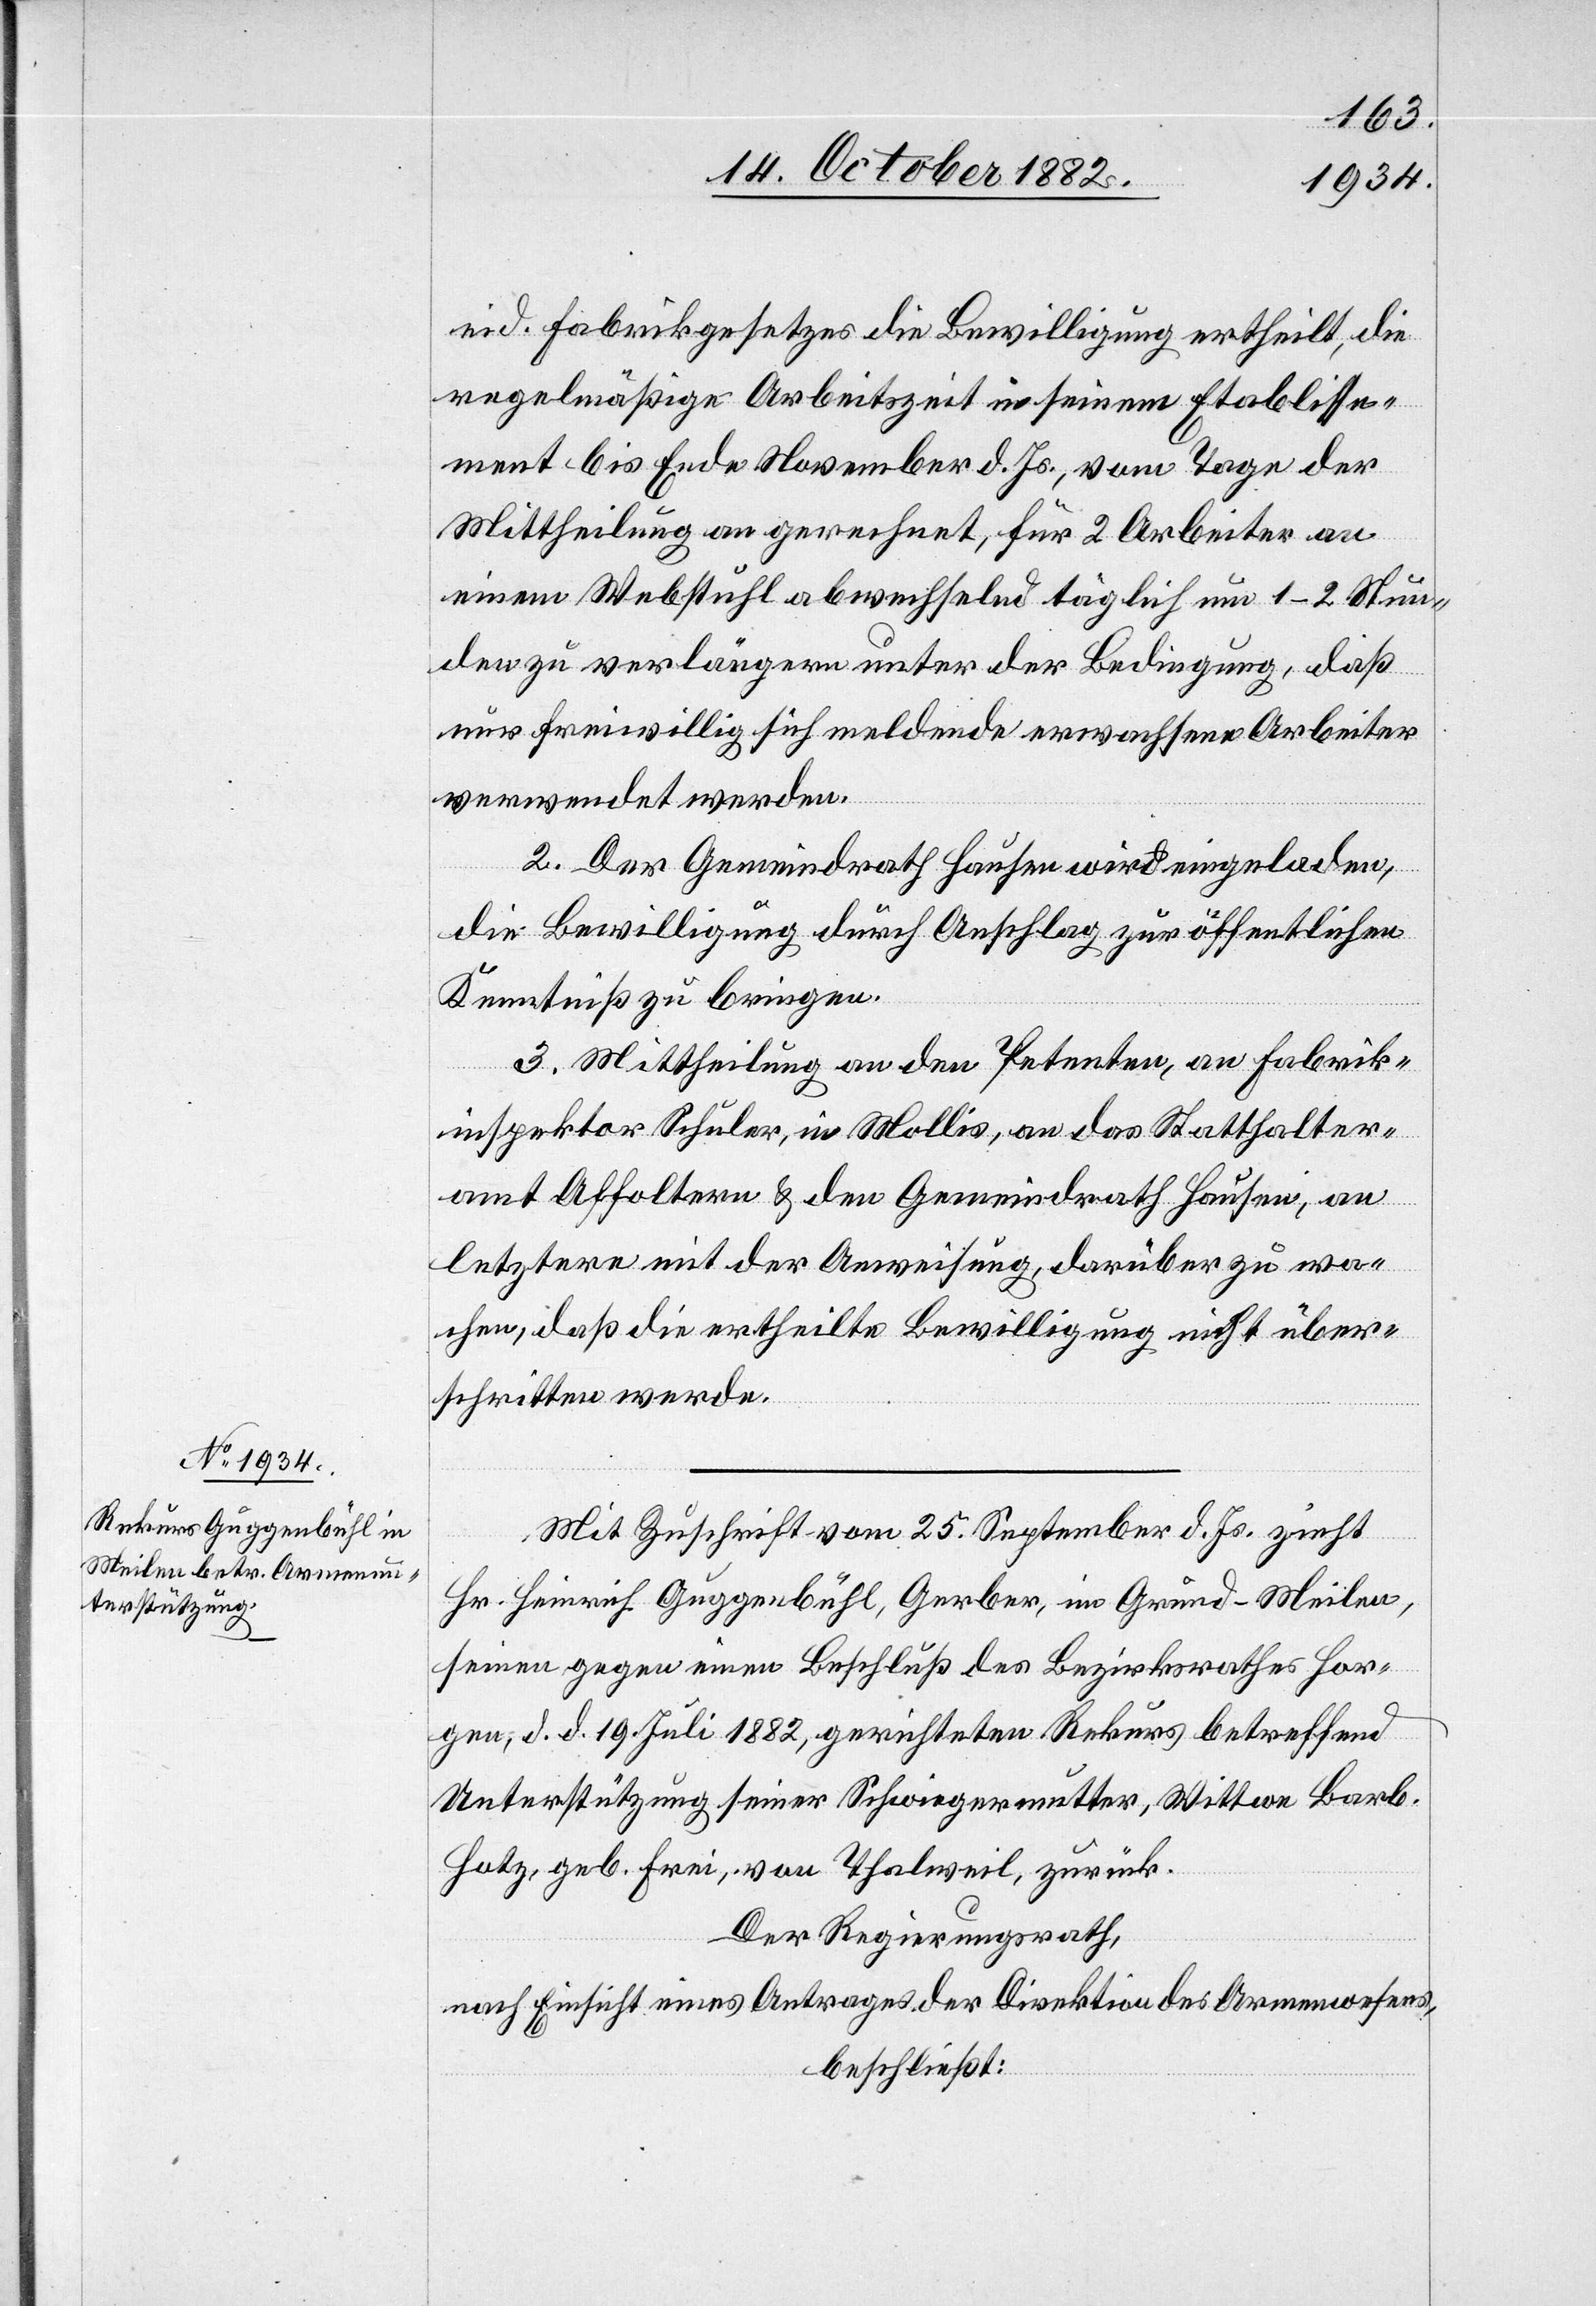
eid. Fabrikgesetzes die Bewilligung ertheilt, die
regelmäßige Arbeitszeit in seinem Etablisse¬
ment bis Ende November d. Js., vom Tage der
Mittheilung an gerechnet, für 2 Arbeiter an
einem Webstuhl abwechselnd täglich um 1–2 Stun¬
den zu verlängern unter der Bedingung, daß
nur freiwillig sich meldende erwachsene Arbeiter
verwendet werden.
2. Der Gemeindrath Hausen wird eingeladen,
die Bewilligung durch Anschlag zur öffentlichen
Kenntniß zu bringen.
3. Mittheilung an den Petenten, an Fabrik¬
inspektor Schuler, in Mollis, an das Statthalter¬
amt Affoltern & den Gemeindrath Hausen, an
letztern mit der Anweisung, darüber zu wa¬
chen, daß die ertheilte Bewilligung nicht über¬
schritten werde.
Mit Zuschrift vom 25. September d. Js. zieht
Hr. Heinrich Guggenbühl, Gerber, in Grund - Meilen,
seinen gegen einen Beschluß des Bezirksrathes Hor¬
gen, d. d. 19. Juli 1882, gerichteten Rekurs betreffend
Unterstützung seiner Schwiegermutter, Wittwe Barb.
Hotz, geb. Frei, von Thalweil, zurück.
Der Regierungsrath,
nach Einsicht eines Antrages der Direktion des Armenwesens,
beschließt: